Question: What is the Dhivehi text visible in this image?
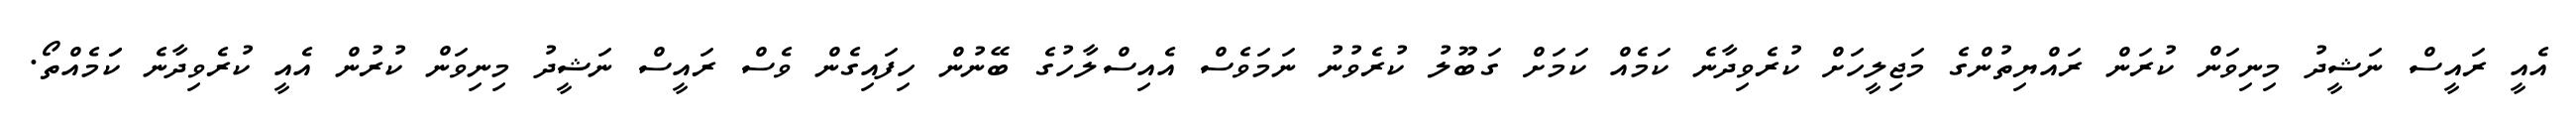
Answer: އެއީ ރައީސް ނަޝީދު މިނިވަން ކުރަން ރައްޔިތުންގެ މަޖިލީހަށް ކުރެވިދާނެ ކަމެއް ކަމަށް ގަބޫލު ކުރެވުނު ނަމަވެސް އެއިސްލާހުގެ ބޭނުން ހިފައިގެން ވެސް ރައީސް ނަޝީދު މިނިވަން ކުރުން އެއީ ކުރެވިދާނެ ކަަމެއްތޯ.